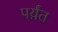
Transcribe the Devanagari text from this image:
पर्य़ंत